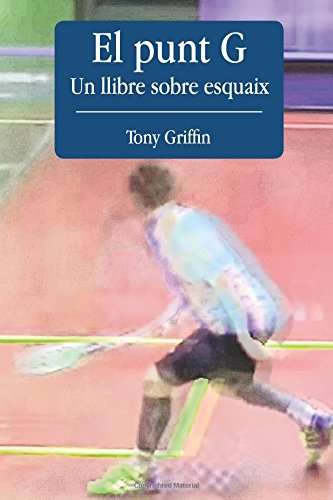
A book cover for El Punt G - Un llibre sobre esquaix (Catalan Edition); Tony Griffin; Sports & Outdoors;